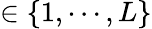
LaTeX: \in\{ 1,\cdots,L\}